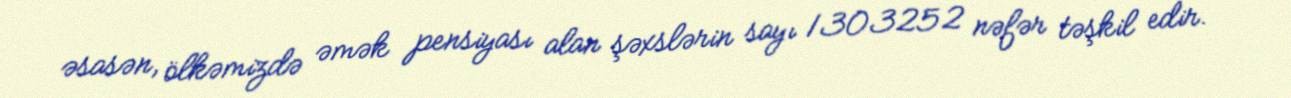
əsasən, ölkəmizdə əmək pensiyası alan şəxslərin sayı 1303252 nəfər təşkil edir.